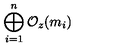
\bigoplus _ { i = 1 } ^ { n } { \cal O } _ { z } ( m _ { i } )